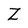
Character: Z